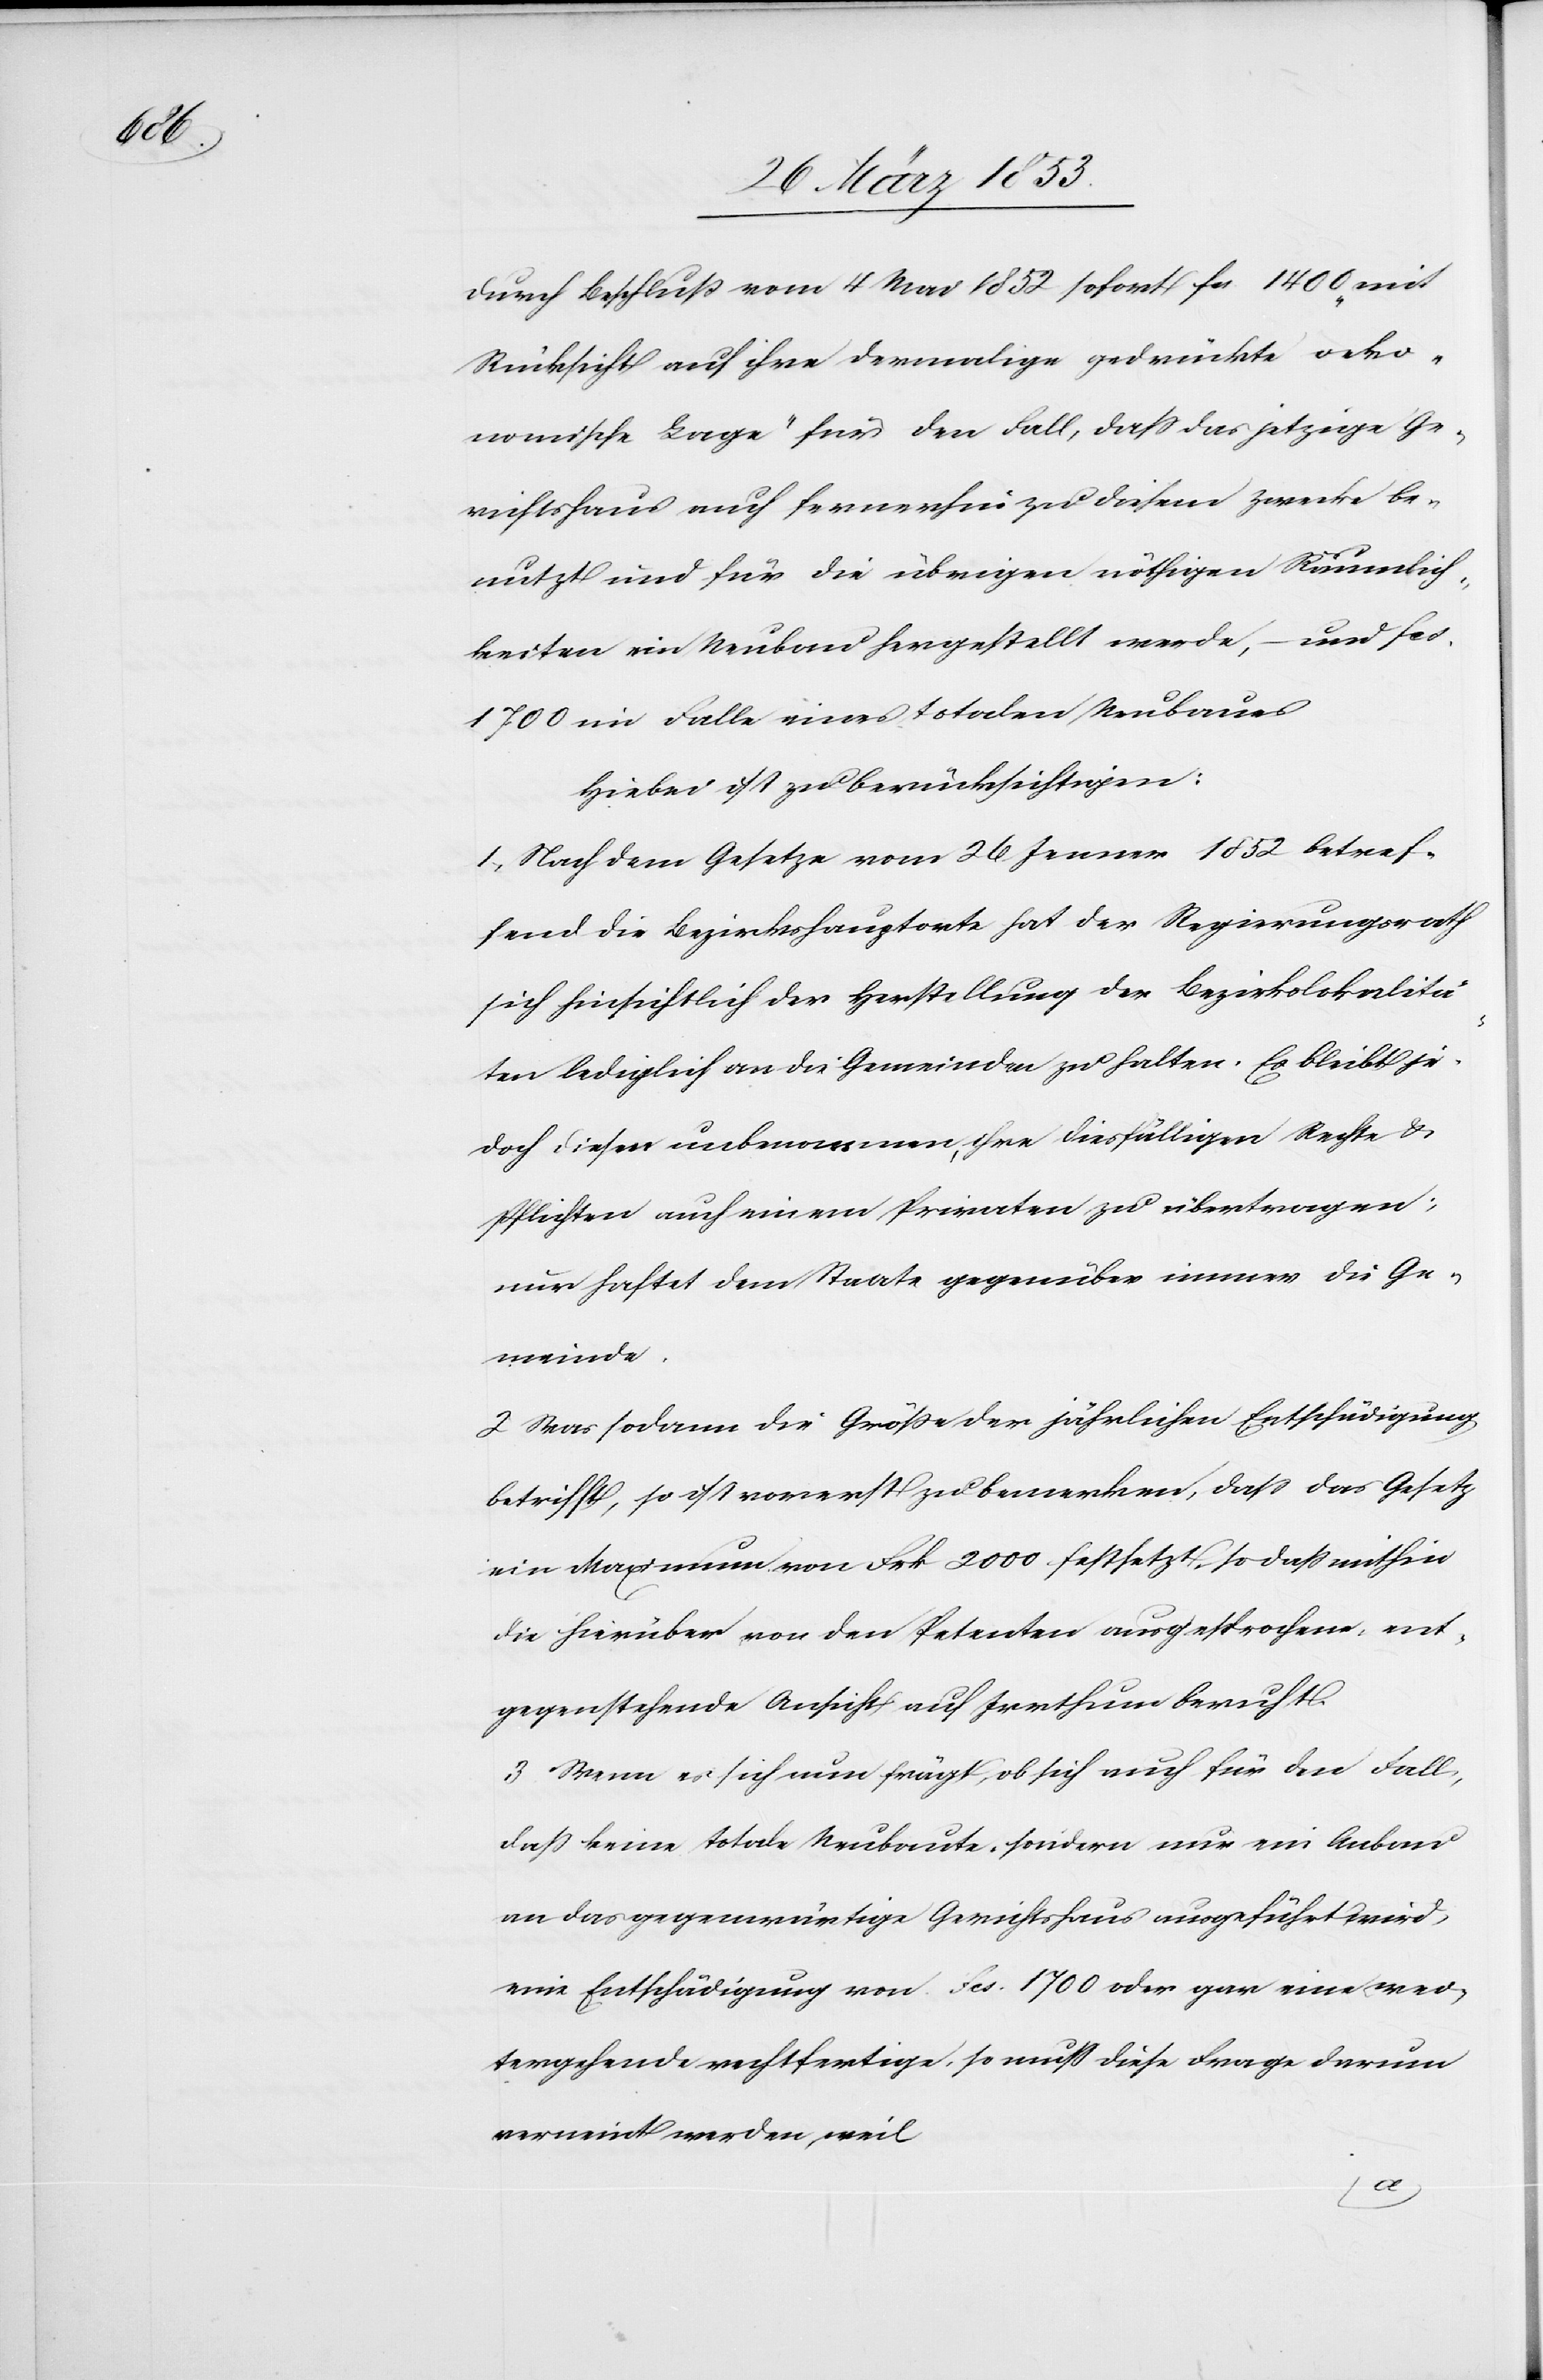
durch Beschluß vom 4 Mai 1852 sofort fcs 1400 „mit
Rücksicht auf ihre damalige gedrückte oeko¬
nomische Lage“ für den Fall, daß das jetzige Ge¬
richtshaus auch fernerhin zu diesem Zwecke be¬
nutzt und für die übrigen nöthigen Räumlich¬
keiten ein Umbau hergestellt werde, – und fcs
1700 im Falle eines totalen Umbaues.
Hiebei ist zu berücksichtigen:
1, Nach dem Gesetze vom 26 Jenner 1852 betref¬
fend die Bezirkshauptorte hat der Regierungsrath
sich hinsichtlich der Herstellung der Bezirkslokalitä¬
ten lediglich an die Gemeinde zu halten. Es bleibt je¬
doch dieser unbenommen, ihre diesfälligen Rechte u.
Pflichten auch einem Privaten zu übertragen;
nur haftet dem Staate gegenüber immer die Ge¬
meinde.
2, Was sodann die Größe der jährlichen Entschädigung
betrifft, so ist vorerst zu bemerken, daß das Gesetz
ein Maximum von Frk. 2000 festsetzt, so daß mithin
die hierüber von den Petenten ausgesprochene, ent¬
gegenstehende Ansicht auf Irrthum beruht.
3 Wenn es sich nun frägt, ob sich auch für den Fall,
daß keine totale Neubaute, sondern nur ein Anbau
an das gegenwärtige Gerichtshaus ausgeführt wird,
eine Entschädigung von fcs 1700 oder gar eine wei¬
tergehende rechtfertige, so muß diese Frage darum
verneint werden, weil